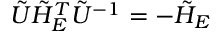
\tilde { U } \tilde { H } _ { E } ^ { T } \tilde { U } ^ { - 1 } = - \tilde { H } _ { E }